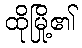
ထိုမြို့၏